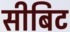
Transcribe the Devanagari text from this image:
सीबिट